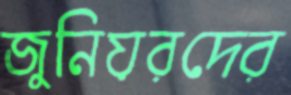
জুনিয়রদের